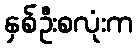
နှစ်ဦးစလုံးက